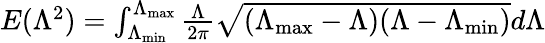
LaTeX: \begin{array}{r}{E(\Lambda^{2})=\int_{\Lambda_{\operatorname*{min}}}^{\Lambda_{\operatorname*{max}}}\frac{\Lambda}{2\pi}\sqrt{(\Lambda_{\operatorname*{max}}-\Lambda)(\Lambda-\Lambda_{\operatorname*{min}})}d\Lambda}\end{array}